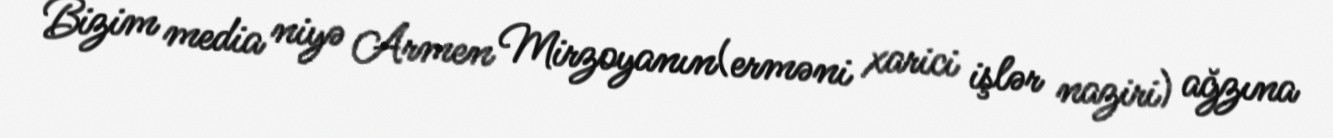
Bizim media niyə Armen Mirzoyanın(erməni xarici işlər naziri) ağzına